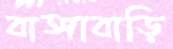
বাঙ্গাবাড়ি